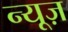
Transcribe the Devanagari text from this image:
न्‍यूज़